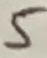
Text: 5